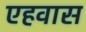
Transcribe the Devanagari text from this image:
एहवास